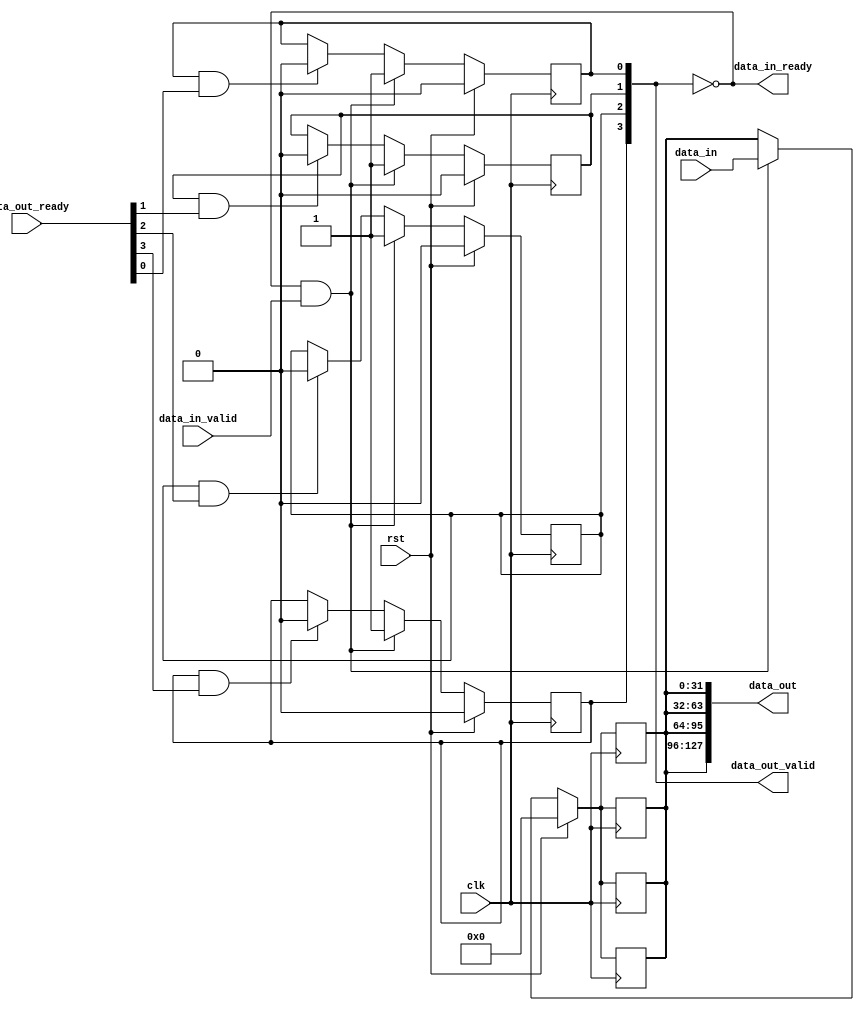
module fifo_splitter_parametrized #(
    parameter DATA_WIDTH=32,
              SIGNALS   =4
) (
    input clk,
    input rst,
    // data in
    input  [DATA_WIDTH-1:0] data_in,
    input                   data_in_valid,
    output                  data_in_ready,
    // #SIGNALS data outputs
    output [DATA_WIDTH*SIGNALS-1:0] data_out,
    output [SIGNALS-1:0] data_out_valid,
    input  [SIGNALS-1:0] data_out_ready
);

    reg [DATA_WIDTH-1:0] data_buffer;
    reg [SIGNALS-1:0] out_valid;

    genvar i;
    generate 
    for (i=0; i<SIGNALS; i=i+1) begin: SIGNAL
        always @ (posedge clk) begin
            if (rst) begin
                data_buffer  <= 0;
                out_valid[i] <= 0;
            end
            else begin
                if (out_valid == 0 && data_in_valid) begin
                    data_buffer  <= data_in;
                    out_valid[i] <= 1;
                end
                else begin
                    data_buffer  <= data_buffer;
                    out_valid[i] <= (out_valid[i] && data_out_ready[i]) ? 0 : out_valid[i];
                end
            end
        end
    end
    endgenerate 

    //////////////////////////////////////////////////////////////////////////////////////////////////////
    // Outputs 
    //////////////////////////////////////////////////////////////////////////////////////////////////////
    
    assign data_out = {SIGNALS{data_buffer}};
    assign data_in_ready   = out_valid == 0;
    assign data_out_valid  = out_valid;

endmodule